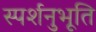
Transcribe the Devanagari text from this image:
स्पर्शनुभूति